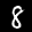
Label: 8